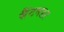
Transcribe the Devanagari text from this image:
सैंटनडर